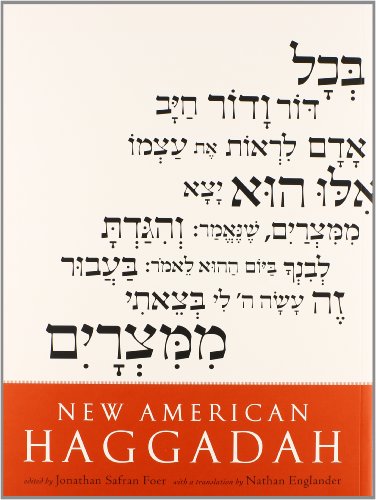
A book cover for New American Haggadah 5-copy package; Jonathan Safran Foer; Religion & Spirituality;